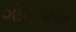
ગોઠવાય